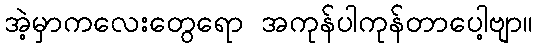
အဲ့မှာကလေးတွေရော အကုန်ပါကုန်တာပေါ့ဗျာ။